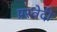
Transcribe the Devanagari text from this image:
प्रस्वेदी